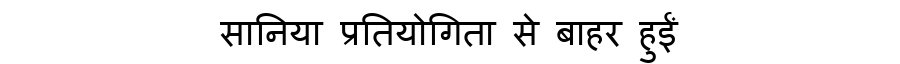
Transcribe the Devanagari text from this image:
सानिया प्रतियोगिता से बाहर हुईं